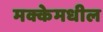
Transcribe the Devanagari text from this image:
मक्केमधील